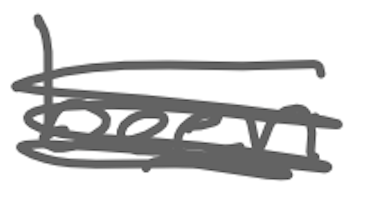
Text: been
Cross-out: scratch
Writing tool: digital_gray